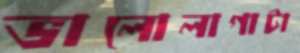
ভালোলাগাটা